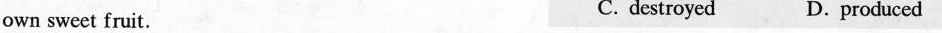
own sweet fruit. C. destroyed D. produced